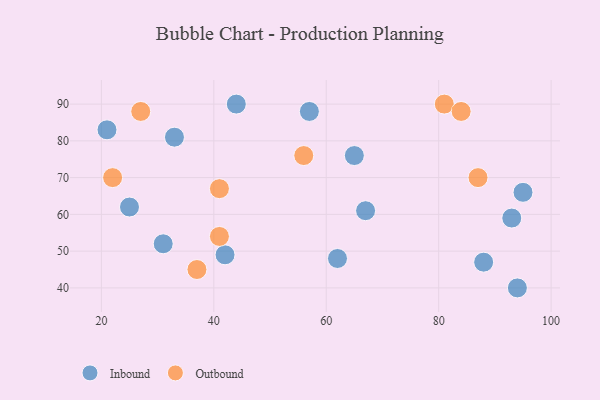
{"axis": {"x": "GDP", "y": "Life Expectancy"}, "legend": ["Inbound", "Outbound"], "data": [{"x": "62", "y": 48, "type": "Inbound"}, {"x": "88", "y": 47, "type": "Inbound"}, {"x": "33", "y": 81, "type": "Inbound"}, {"x": "44", "y": 90, "type": "Inbound"}, {"x": "65", "y": 76, "type": "Inbound"}, {"x": "95", "y": 66, "type": "Inbound"}, {"x": "42", "y": 49, "type": "Inbound"}, {"x": "31", "y": 52, "type": "Inbound"}, {"x": "94", "y": 40, "type": "Inbound"}, {"x": "93", "y": 59, "type": "Inbound"}, {"x": "21", "y": 83, "type": "Inbound"}, {"x": "25", "y": 62, "type": "Inbound"}, {"x": "57", "y": 88, "type": "Inbound"}, {"x": "67", "y": 61, "type": "Inbound"}, {"x": "41", "y": 54, "type": "Outbound"}, {"x": "87", "y": 70, "type": "Outbound"}, {"x": "37", "y": 45, "type": "Outbound"}, {"x": "81", "y": 90, "type": "Outbound"}, {"x": "27", "y": 88, "type": "Outbound"}, {"x": "56", "y": 76, "type": "Outbound"}, {"x": "84", "y": 88, "type": "Outbound"}, {"x": "41", "y": 67, "type": "Outbound"}, {"x": "22", "y": 70, "type": "Outbound"}]}